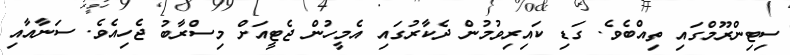
ސިޓިންރޫމްގައި ތިއްބެވެ. ގަޑި ކައިރިވުމުން ދެކާރުގައި އެމީހުން ޖެޓީއަށް މިސްރާބު ޖެހިއެވެ. ސަނާއާއި